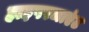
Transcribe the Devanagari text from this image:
हाइपरजाएंट